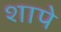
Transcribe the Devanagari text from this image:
शापे